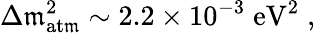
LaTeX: \Delta\mathfrak{m}_{\mathrm{{at\mathfrak{m}}}}^{2}\sim2.2\times10^{-3}\; \mathrm{{eV}}^{2}\; ,